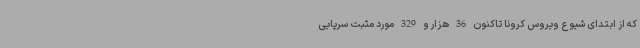
که از ابتدای شیوع ویروس کرونا تاکنون 36 هزار و 329 مورد مثبت سرپایی